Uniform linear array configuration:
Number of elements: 48
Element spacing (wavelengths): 0.5
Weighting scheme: kaiser
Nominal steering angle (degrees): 15
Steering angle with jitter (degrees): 15.913
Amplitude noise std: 0.05
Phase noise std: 0.05

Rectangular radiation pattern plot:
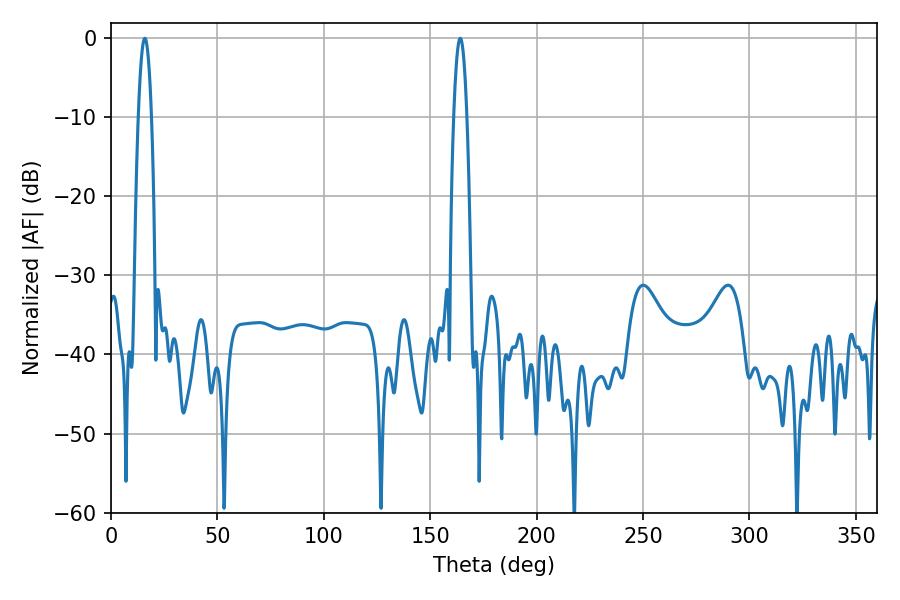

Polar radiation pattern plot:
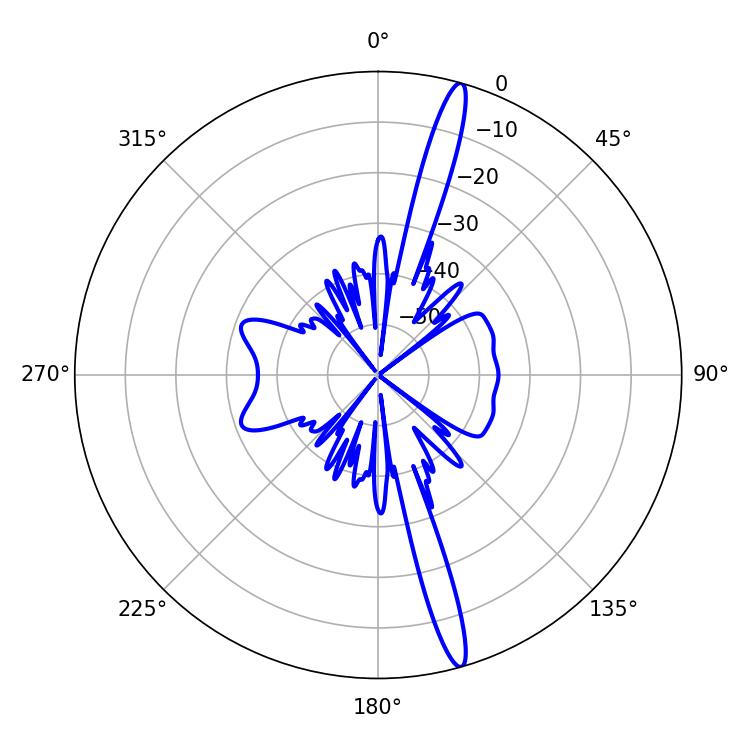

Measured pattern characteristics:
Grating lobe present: FALSE
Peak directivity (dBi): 17.53
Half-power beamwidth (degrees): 3.42
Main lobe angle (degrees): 15.84